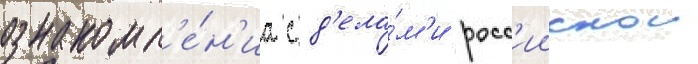
ознакомл'е́н'иа с д'ела́м'и росс'иискои